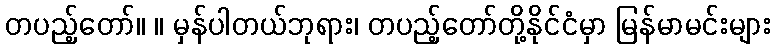
တပည့်တော်။ ။ မှန်ပါတယ်ဘုရား၊ တပည့်တော်တို့နိုင်ငံမှာ မြန်မာမင်းများ